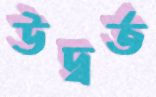
উদ্বর্ত